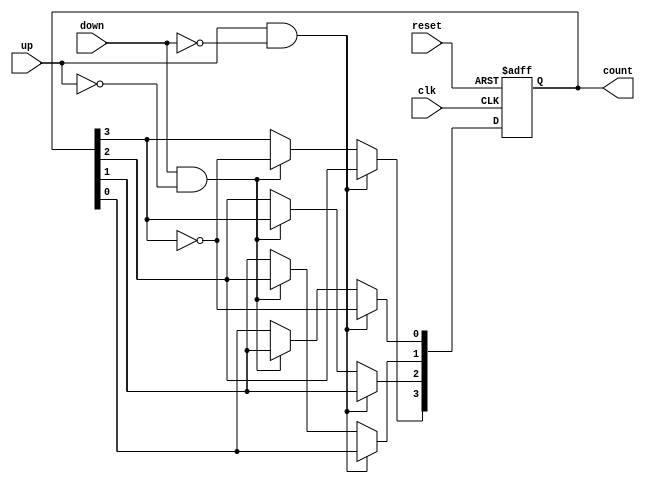
module Bidirectional_Johnson_Counter #(parameter N = 4) (
    input wire clk,         // Clock input
    input wire reset,       // Asynchronous reset
    input wire up,          // Count up control
    input wire down,        // Count down control
    output reg [N-1:0] count // Counter output
);
    
    // Internal signal for the feedback to the first flip-flop
    wire feedback;

    // Generate the feedback signal as the inverted output of the last flip-flop
    assign feedback = ~count[N-1];

    always @(posedge clk or posedge reset) begin
        if (reset) begin
            count <= 0; // Reset the counter to 0
        end else if (up && !down) begin
            // Count up (Johnson Counter behavior)
            count[0] <= feedback; // First flip-flop gets feedback
            count[1] <= count[0];
            count[2] <= count[1];
            count[3] <= count[2]; 
        end else if (down && !up) begin
            // Count down (Reverse Johnson Counter behavior)
            count[0] <= count[1]; // First flip-flop shifts down
            count[1] <= count[2];
            count[2] <= count[3];
            count[3] <= feedback; // Last flip-flop gets feedback
        end
    end
endmodule